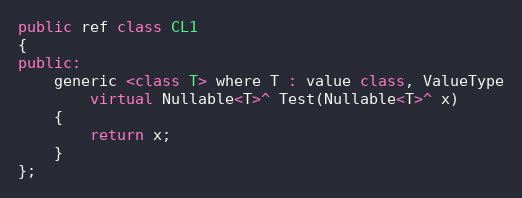
Language: C++
public ref class CL1
{
public:
	generic <class T> where T : value class, ValueType
		virtual Nullable<T>^ Test(Nullable<T>^ x)
	{
		return x;
	}
};